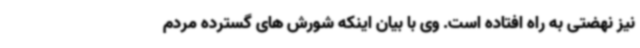
نیز نهضتی به راه افتاده است. وی با بیان اینکه شورش های گسترده مردم